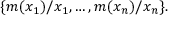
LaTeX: \{ m ( x _ { 1 } ) / x _ { 1 } , \dots , m ( x _ { n } ) / x _ { n } \} .